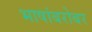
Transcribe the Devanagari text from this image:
भाषांबरोबर